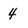
Character: 4